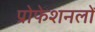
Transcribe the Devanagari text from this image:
प्रोफेशनलों